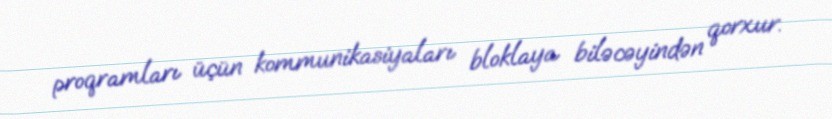
proqramları üçün kommunikasiyaları bloklaya biləcəyindən qorxur.